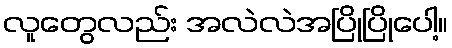
လူတွေလည်း အလဲလဲအပြိုပြိုပေါ့။